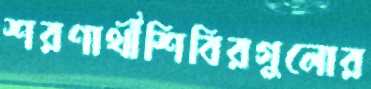
শরণার্থীশিবিরগুলোর